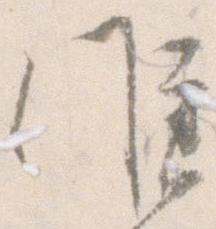
候